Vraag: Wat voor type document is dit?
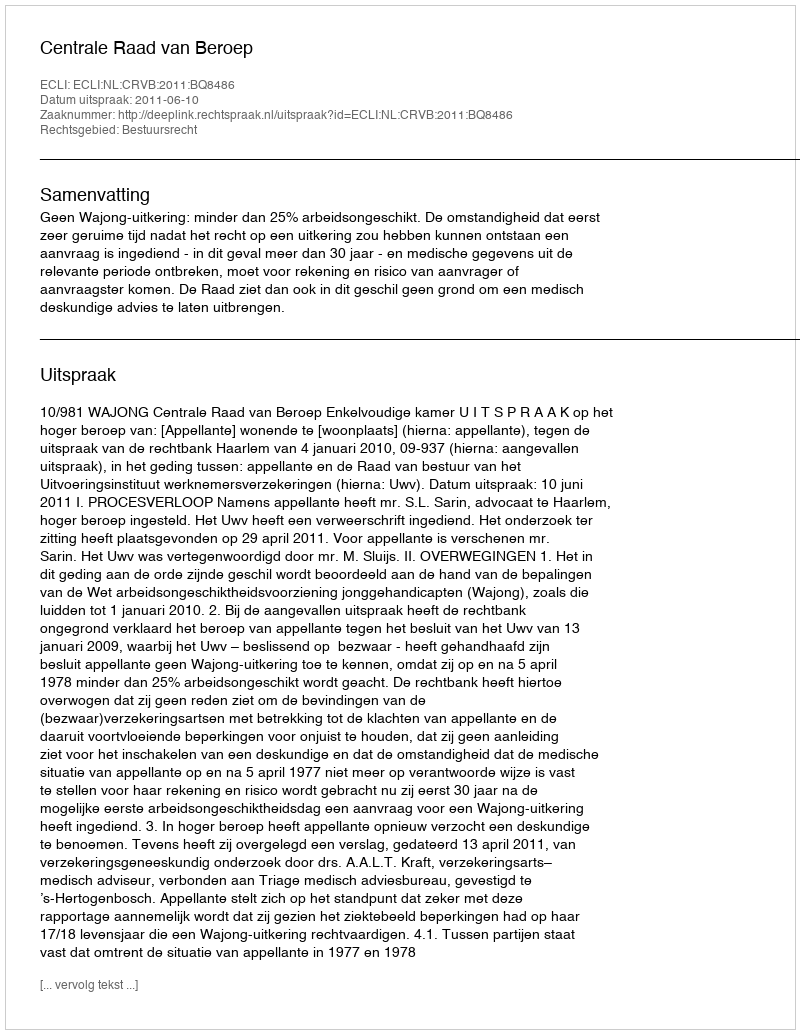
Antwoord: Uitspraak